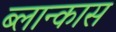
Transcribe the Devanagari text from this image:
ब्लान्कास